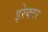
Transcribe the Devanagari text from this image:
इरेक्टर